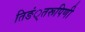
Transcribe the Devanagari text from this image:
तिङं्तरूपिणी